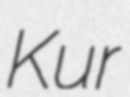
Kur